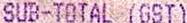
SUB-TOTAL (GST)